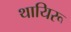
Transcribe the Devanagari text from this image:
थायिरू